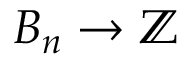
B _ { n } \to \mathbb { Z }